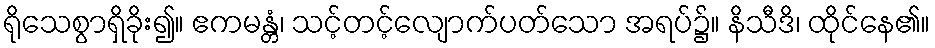
ရိုသေစွာရှိခိုး၍။ ဧကမန္တံ၊ သင့်တင့်လျောက်ပတ်သော အရပ်၌။ နိသီဒိ၊ ထိုင်နေ၏။